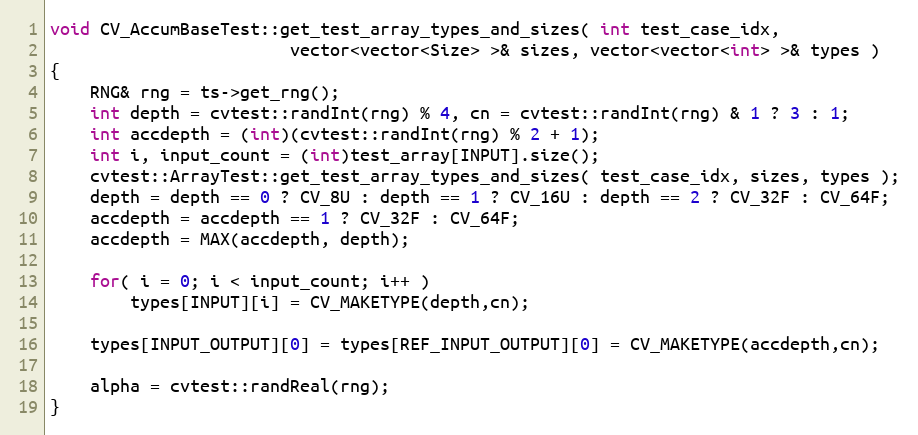
Language: C++
void CV_AccumBaseTest::get_test_array_types_and_sizes( int test_case_idx,
                        vector<vector<Size> >& sizes, vector<vector<int> >& types )
{
    RNG& rng = ts->get_rng();
    int depth = cvtest::randInt(rng) % 4, cn = cvtest::randInt(rng) & 1 ? 3 : 1;
    int accdepth = (int)(cvtest::randInt(rng) % 2 + 1);
    int i, input_count = (int)test_array[INPUT].size();
    cvtest::ArrayTest::get_test_array_types_and_sizes( test_case_idx, sizes, types );
    depth = depth == 0 ? CV_8U : depth == 1 ? CV_16U : depth == 2 ? CV_32F : CV_64F;
    accdepth = accdepth == 1 ? CV_32F : CV_64F;
    accdepth = MAX(accdepth, depth);

    for( i = 0; i < input_count; i++ )
        types[INPUT][i] = CV_MAKETYPE(depth,cn);

    types[INPUT_OUTPUT][0] = types[REF_INPUT_OUTPUT][0] = CV_MAKETYPE(accdepth,cn);

    alpha = cvtest::randReal(rng);
}